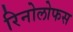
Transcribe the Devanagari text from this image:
रिनोलोफस